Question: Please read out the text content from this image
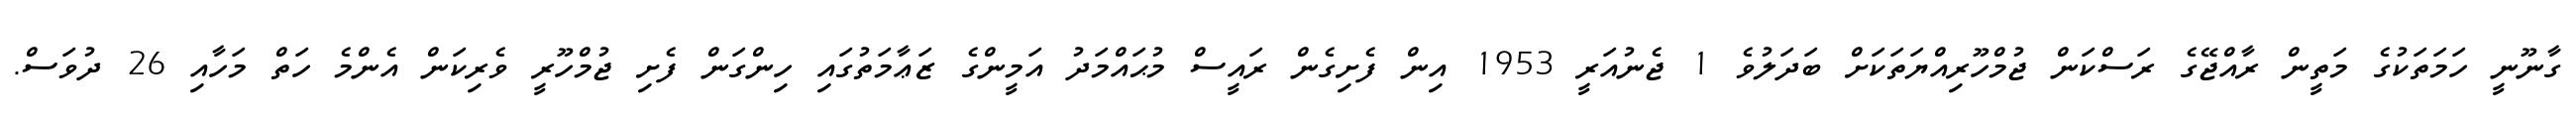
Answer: ގާނޫނީ ހަމަތަކުގެ މަތީން ރާއްޖޭގެ ރަސްކަން ޖުމްހޫރިއްޔަތަކަށް ބަދަލުވެ 1 ޖެނުއަރީ 1953 އިން ފެށިގެން ރައީސް މުޙައްމަދު އަމީންގެ ޒަޢާމަތުގައި ހިންގަން ފެށި ޖުމްހޫރީ ވެރިކަން އެންމެ ހަތް މަހާއި 26 ދުވަސް.